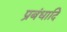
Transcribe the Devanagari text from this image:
प्रबंधादि